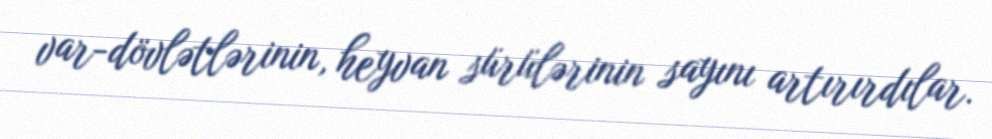
var-dövlətlərinin, heyvan sürülərinin sayını artırırdılar.